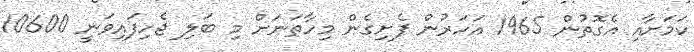
ކަމަށާއި އެގޮތުން 1965 އަހަރުން ފެށިގެން މިހާތަނަށް މި ބަލި ޖެހިފައިވަނީ 10600